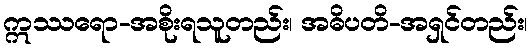
ဣဿရော-အစိုးရသူတည်း၊ အဓိပတိ-အရှင်တည်း၊